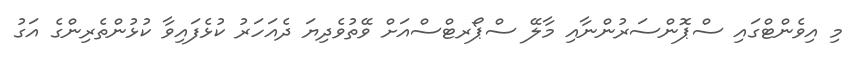
މި އިވެންޓްގައި ސްޕޮންސަރުންނާއި މާލޭ ސްޕޯރޓްސްއަށް ވޭތުވެދިޔަ ދެއަހަރު ކުޅެފައިވާ ކުޅުންތެރިންގެ އަގު